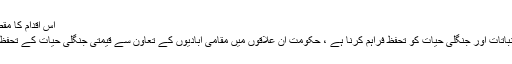
اس اقدام کا مقصد ان علاقوں میں پائی
جانے والے جنگلات، نباتات اور جنگلی حیات کو تحفظ فراہم کرنا ہے ، حکومت ان علاقوں میں مقامی آبادیوں کے تعاون سے قیمتی جنگلی حیات کے تحفظ کو یقینی بنا رہی ہے ۔